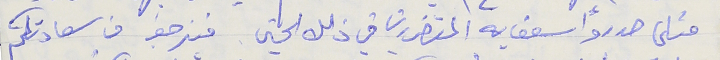
مثلما صدر وأسعف يه المتضررين في ذلك الحين. فنرجوا من سعادتكم